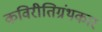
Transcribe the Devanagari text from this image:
कविरीतिग्रंथकार